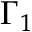
\Gamma _ { 1 }